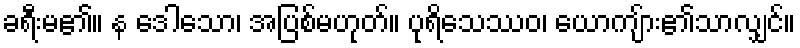
ခရီးမ၏။ န ဒေါသော၊ အပြစ်မဟုတ်။ ပုရိသေဿဝ၊ ယောကျ်ား၏သာလျှင်။